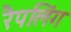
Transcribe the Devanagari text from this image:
रैपलिंग